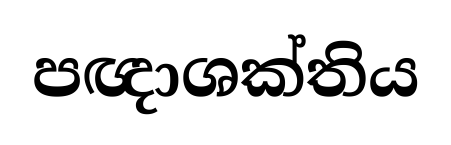
පඥාශක්තිය